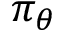
\pi _ { \theta }